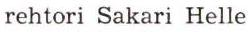
rehtori Sakari Helle